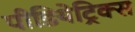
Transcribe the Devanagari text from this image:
पीडियेट्रिक्स